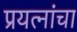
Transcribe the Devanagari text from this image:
प्रयत्‍नांचा